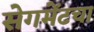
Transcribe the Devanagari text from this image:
सेगमेंटचा